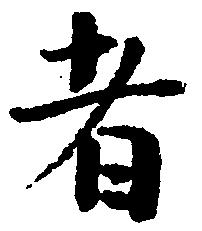
者